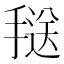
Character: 𱠥